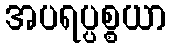
အပရပ္ပစ္စယာ